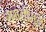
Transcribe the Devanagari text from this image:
गंमतीमुळे